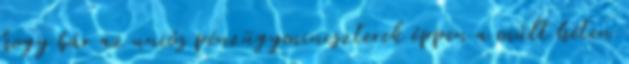
hogy bár az uniós pénzügyminiszterek éppen a múlt héten